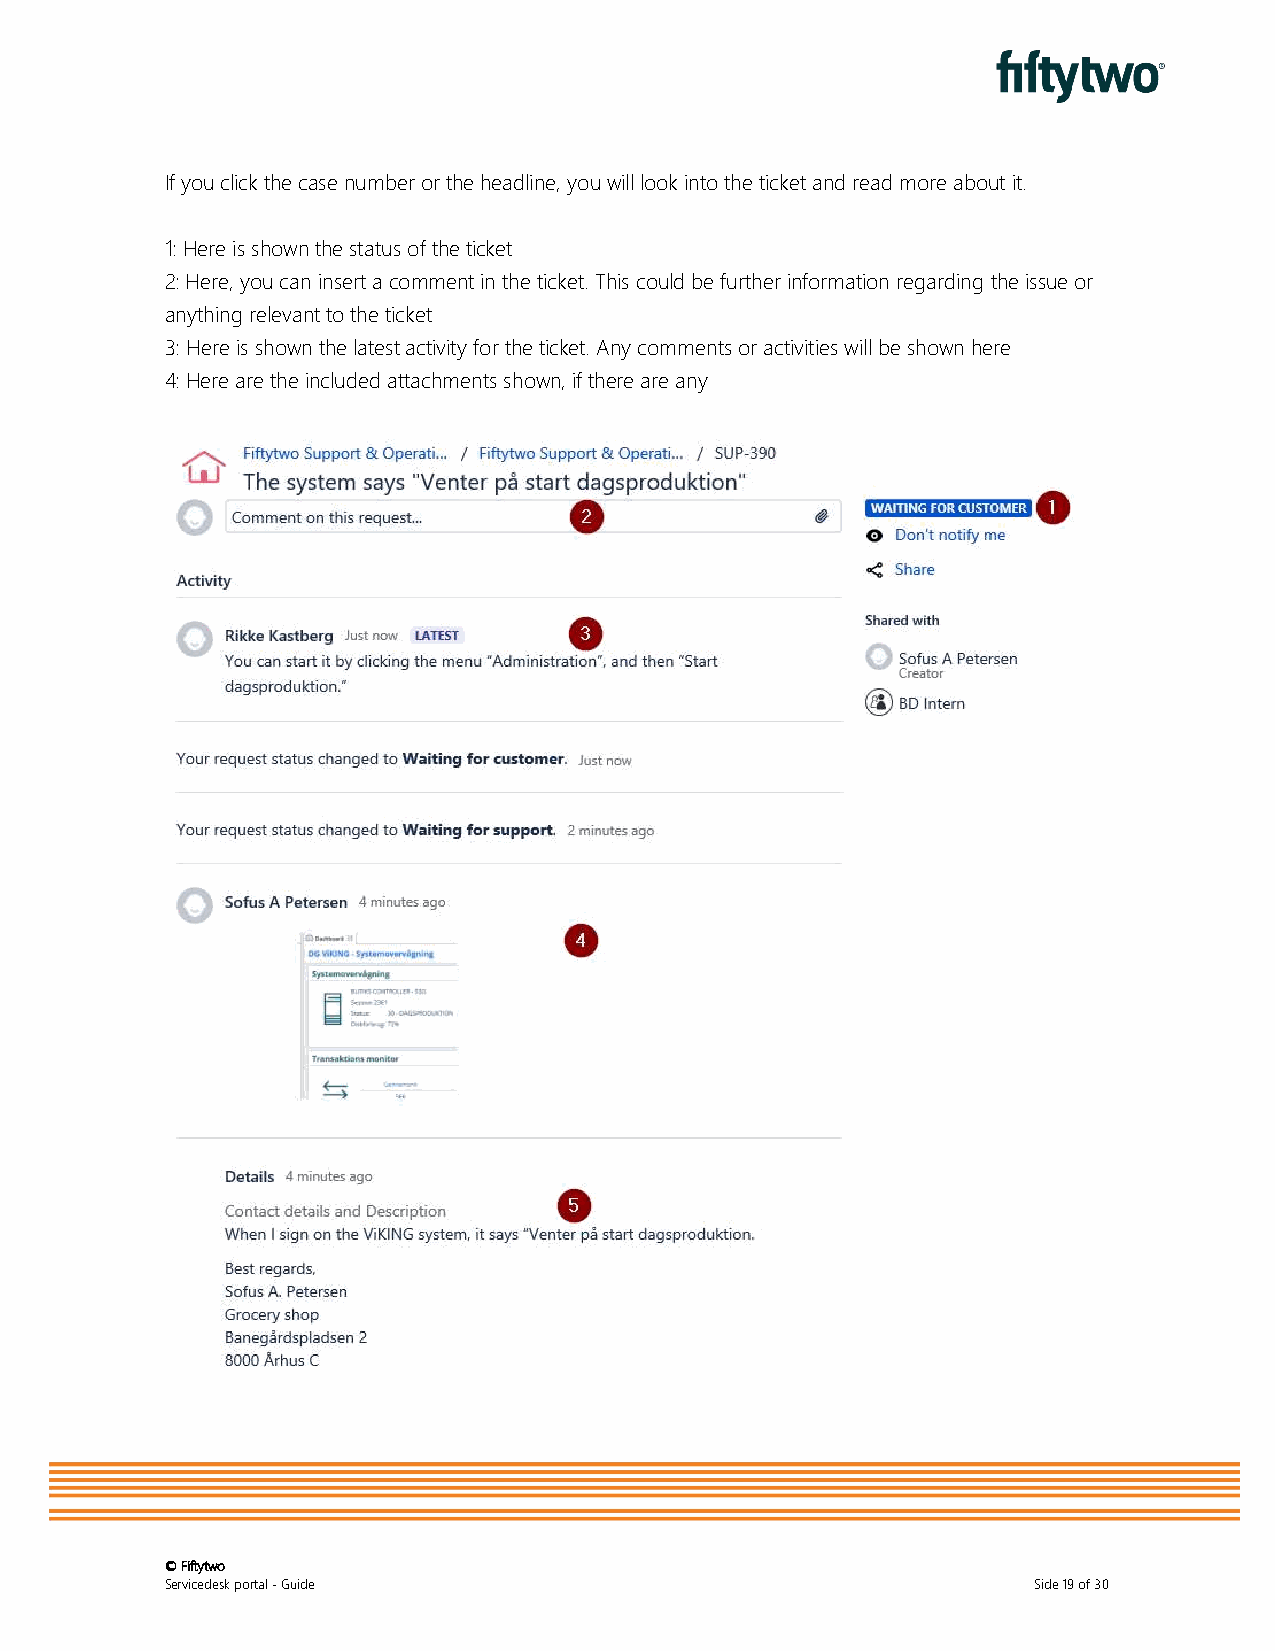
If you click the case number or the headline, you will look into the ticket and read more about it.
 1: Here is shown the status of the ticket
 2: Here, you can insert a comment in the ticket. This could be further information regarding the issue or
 anything relevant to the ticket
 3: Here is shown the latest activity for the ticket. Any comments or activities will be shown here
 4: Here are the included attachments shown, if there are any
 © Fiftytwo
 Servicedesk portal - Guide                                Side 19 of 30